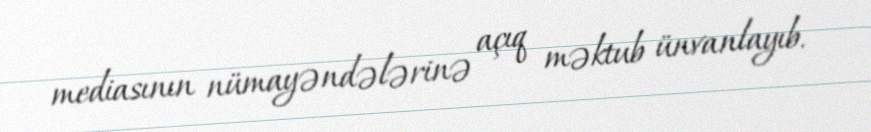
mediasının nümayəndələrinə açıq məktub ünvanlayıb.